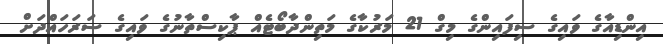
އިންޑިއާގެ ވައިގެ ސިފައިންގެ މިގް 21 މަރުކާގެ މަތިންދާބޯޓެއް ޕާކިސްތާނުގެ ވައިގެ ސަރަހައްދަށް